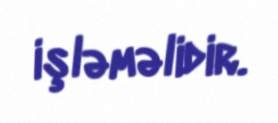
işləməlidir.